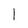
Character: 1